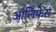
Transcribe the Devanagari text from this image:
ऑलिफेरा